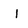
Character: l